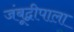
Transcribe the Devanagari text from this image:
जंबूद्वीपाला